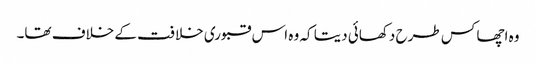
وہ اچھا کس طرح دکھائی دیتا کہ وہ اس قبوری خلافت کے خلاف تھا۔